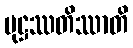
မုဋ္ဌဿတိဿာတိ